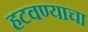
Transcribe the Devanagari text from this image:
हटवण्याचा